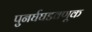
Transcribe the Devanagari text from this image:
पुनर्घघडवणूक